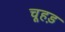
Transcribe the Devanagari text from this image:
चूहड़